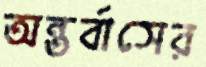
অন্তর্বাসের